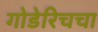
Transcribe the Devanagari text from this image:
गोडेरिचचा